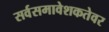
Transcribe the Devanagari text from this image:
सर्वसमावेशकतेवर